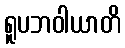
ရူပဘဝါယာတိ